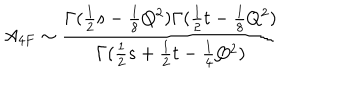
A _ { 4 F } \sim \frac { \Gamma ( \frac { 1 } { 2 } s - \frac { 1 } { 8 } Q ^ { 2 } ) \Gamma ( \frac { 1 } { 2 } t - \frac { 1 } { 8 } Q ^ { 2 } ) } { \Gamma ( \frac { 1 } { 2 } s + \frac { 1 } { 2 } t - \frac { 1 } { 4 } Q ^ { 2 } ) }